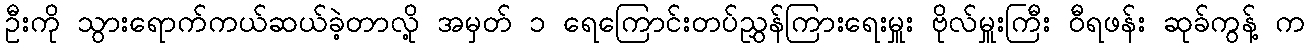
ဦးကို သွားရောက်ကယ်ဆယ်ခဲ့တာလို့ အမှတ် ၁ ရေကြောင်းတပ်ညွှန်ကြားရေးမှူး ဗိုလ်မှူးကြီး ဝီရဖန်း ဆုခ်ကွန့် က